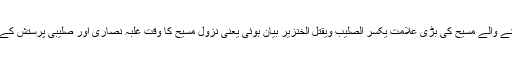
بخاری شریف میں آنے والے مسیح کی بڑی علامت یکسر الصلیب ویقتل الخنزیر بیان ہوئی یعنی نزول مسیح کا وقت غلبہ نصاریٰ اور صلیبی پرستش کے زور کا وقت ٹھہرا۔